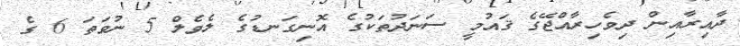
ދާއިރާއިން ދިވެހިރާއްޖޭގެ ޤައުމީ ސަނަދުތަކުގެ އޮނިގަނޑުގެ ލެވެލް 5 ނުވަތަ 6 ގެ